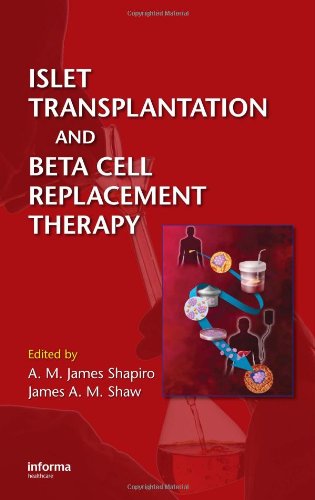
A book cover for Islet Transplantation and Beta Cell Replacement Therapy; Medical Books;